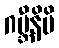
ဂဗ္ဘီနိပိ